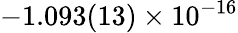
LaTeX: -1.093(13)\times 10^{-16}